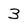
Character: 3